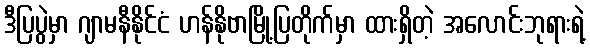
ဒီပြပွဲမှာ ဂျာမနီနိုင်ငံ ဟန်နိုဗာမြို့ပြတိုက်မှာ ထားရှိတဲ့ အလောင်းဘုရားရဲ့